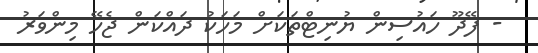
- ފޭދޫ ހައުސިން ޔުނިޓްތަކަށް މަހަކު ދައްކަން ޖެހޭ މިންވަރު